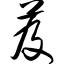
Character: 芨